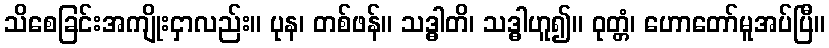
သိစေခြင်းအကျိုးငှာလည်း။ ပုန၊ တစ်ဖန်။ သဒ္ဓါတိ၊ သဒ္ဓါဟူ၍။ ဝုတ္တံ၊ ဟောတော်မူအပ်ပြီ။